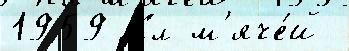
1959 Кл м'яче́й